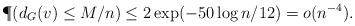
LaTeX: \begin{align*}\P(d_{G}(v)\leq M/n)\leq 2\exp(-50\log n/12)=o(n^{-4}).\end{align*}